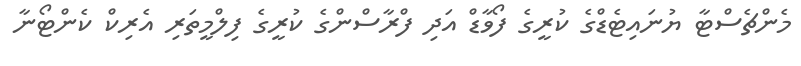
މެންޗެސްޓާ ޔުނައިޓެޑްގެ ކުރީގެ ފޯވާޑް އަދި ފްރާސްންގެ ކުރީގެ ފިލްމީތަރި އެރިކް ކެންޓޯނާ